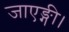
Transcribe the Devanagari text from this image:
जाएङ्गी।